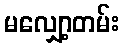
မလျှော့တမ်း